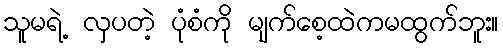
သူမရဲ့ လှပတဲ့ ပုံစံကို မျက်စေ့ထဲကမထွက်ဘူး။